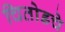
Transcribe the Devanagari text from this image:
चितोडचे